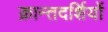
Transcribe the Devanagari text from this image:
क्रान्तदर्शियों